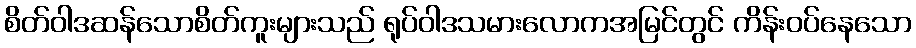
စိတ်ဝါဒဆန်သောစိတ်ကူးများသည် ရုပ်ဝါဒသမားလောကအမြင်တွင် ကိန်းဝပ်နေသော